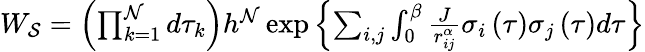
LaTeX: \begin{array}{r}{W_{\mathcal{S}}=\left(\prod_{k=1}^{\mathcal{N}}d\tau_{k}\right)h^{\mathcal{N}}\exp\left\{ \sum_{i,j}\int_{0}^{\beta}\frac{J}{r_{ij}^{\alpha}}\sigma_{i}\left(\tau\right)\sigma_{j}\left(\tau\right)d\tau\right\} }\end{array}